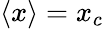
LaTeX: \langle x\rangle=x_{c}